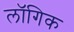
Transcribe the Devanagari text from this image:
लॉगिक